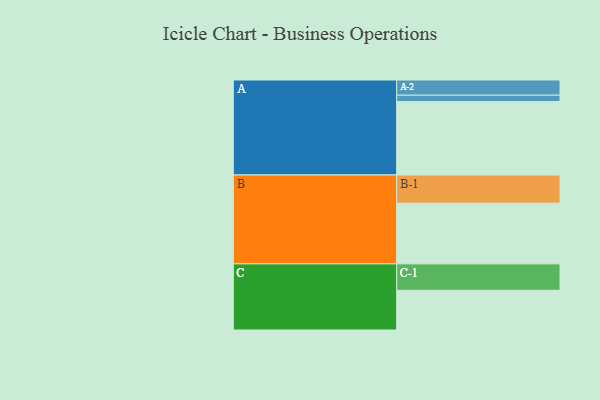
{"axis": {"x": "Segment", "y": "Value"}, "legend": ["", "A", "B", "C"], "data": [{"x": "A", "y": 595, "type": ""}, {"x": "B", "y": 492, "type": ""}, {"x": "C", "y": 322, "type": ""}, {"x": "A-1", "y": 52, "type": "A"}, {"x": "A-2", "y": 123, "type": "A"}, {"x": "B-1", "y": 228, "type": "B"}, {"x": "C-1", "y": 214, "type": "C"}]}